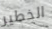
الخطير